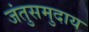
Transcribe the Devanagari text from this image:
जंतुसमुदाय